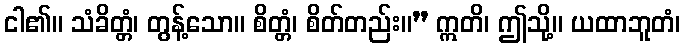
ငါ၏။ သံခိတ္တံ၊ တွန့်သော။ စိတ္တံ၊ စိတ်တည်း။” ဣတိ၊ ဤသို့။ ယထာဘူတံ၊